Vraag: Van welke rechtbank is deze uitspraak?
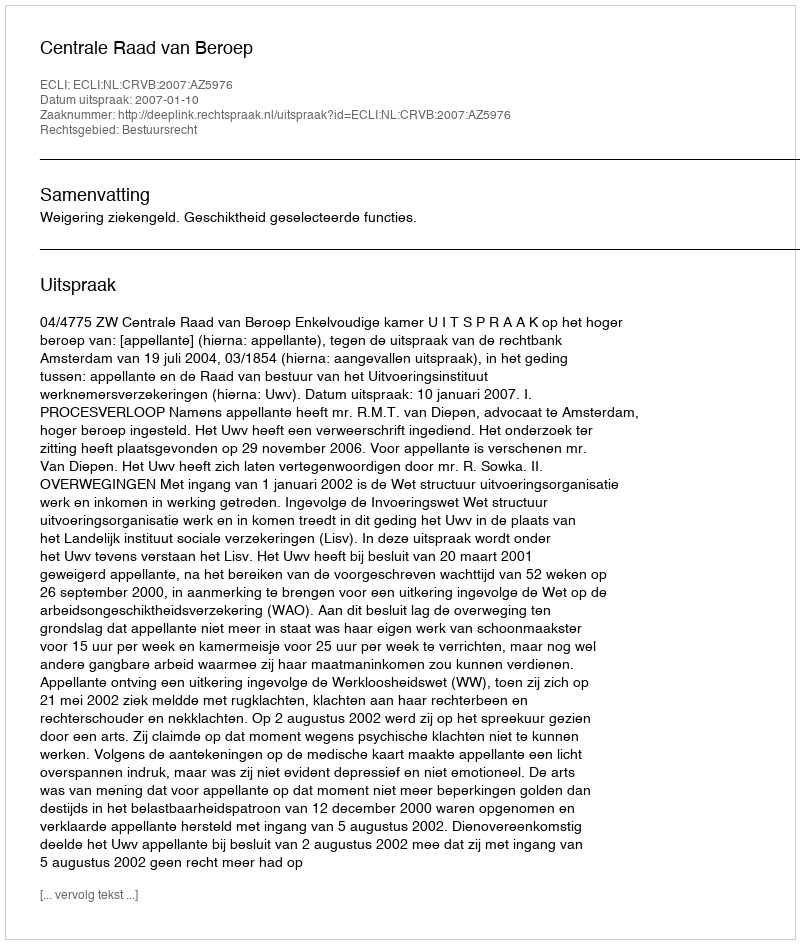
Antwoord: Centrale Raad van Beroep